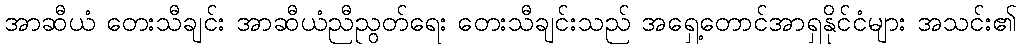
အာဆီယံ တေးသီချင်း အာဆီယံညီညွတ်ရေး တေးသီချင်းသည် အရှေ့တောင်အာရှနိုင်ငံများ အသင်း၏